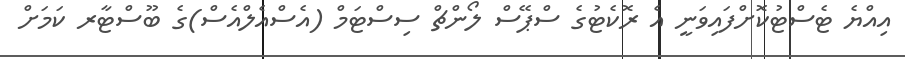
އިއްޔެ ޓެސްޓުކޮށްފައިވަނީ އެ ރޮކެޓުގެ ސްޕޭސް ލޯންޗް ސިސްޓަމް (އެސްއެލްއެސް)ގެ ބޫސްޓާރ ކަމަށް